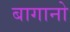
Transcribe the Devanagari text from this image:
बागानो